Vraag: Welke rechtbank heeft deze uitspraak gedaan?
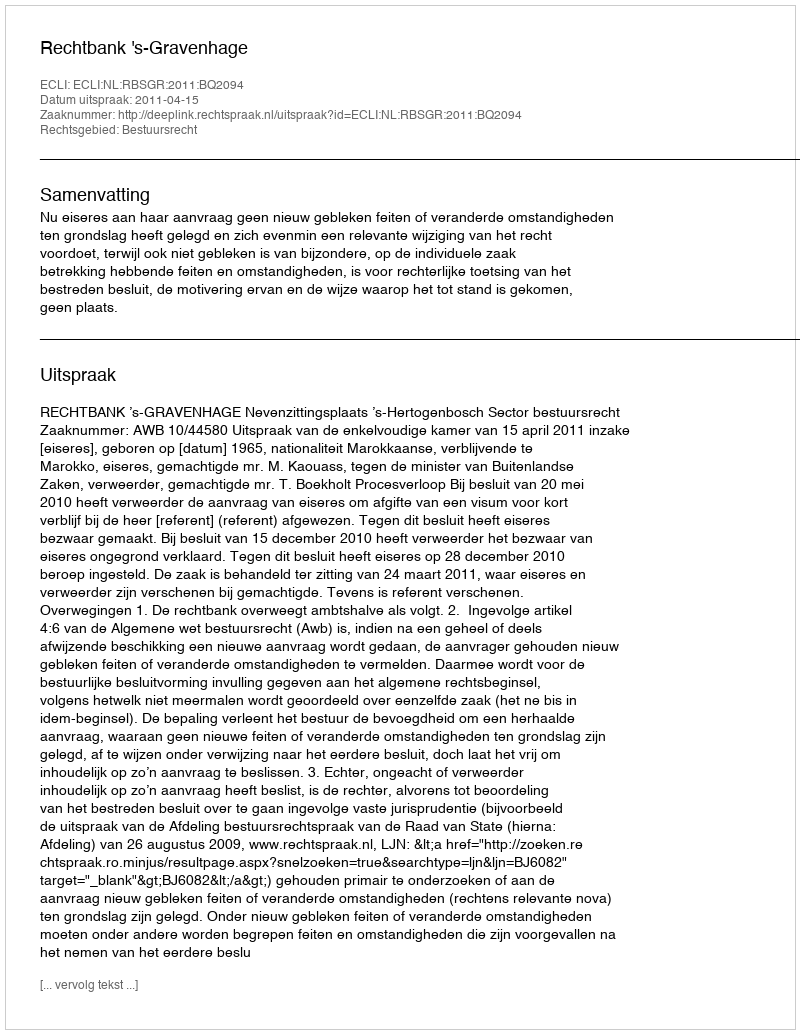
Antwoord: Rechtbank 's-Gravenhage